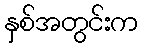
နှစ်အတွင်းက